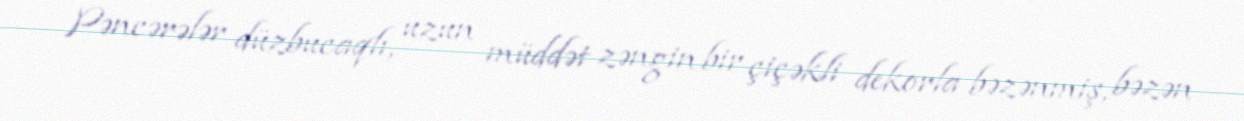
Pəncərələr düzbucaqlı, uzun müddət zəngin bir çiçəkli dekorla bəzənmiş, bəzən